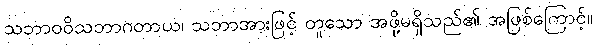
သဘာဝဝိသဘာဂတာယ၊ သဘာအားဖြင့် တူသော အဖို့မရှိသည်၏ အဖြစ်ကြောင့်။